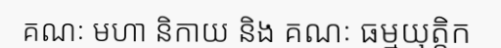
គណៈ មហា និកាយ និង គណៈ ធម្មយុត្តិក